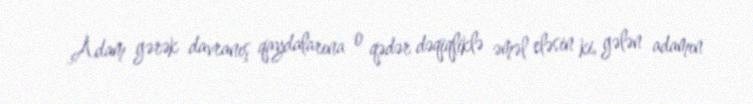
Adam gərək davranış qaydalarına o qədər dəqiqliklə əməl eləsin ki, gələn adamın